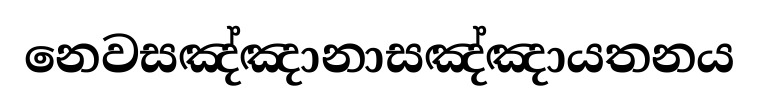
නෙවසඤ්ඤානාසඤ්ඤායතනය